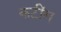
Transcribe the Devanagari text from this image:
कटींग